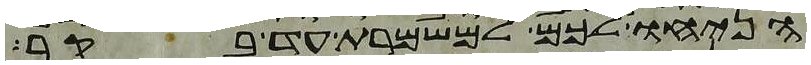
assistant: הניחו לכם למשמרת עד בקר